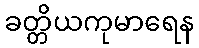
ခတ္တိယကုမာရေန